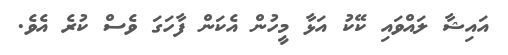
އައިޝާ ލައްވައި ކޭކު އަޅާ މީހުން އެކަން ފާހަގަ ވެސް ކުރެ އެވެ.